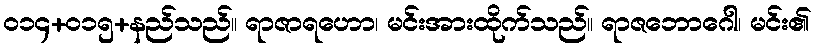
ဝ၁၄+၀၁၅+နည်သည်။ ရာဇာရဟော၊ မင်းအားထိုက်သည်။ ရာဇဘောဂေါ၊ မင်း၏